Source: Handwritten
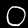
Digit: ၀ (0)